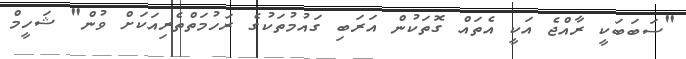
"ސަބަބަކީ ރާއްޖެ އަކީ އެތައް ގޮތަކުން އަރަބި ގައުމުތަކުގެ ރަހުމަތްތެރިއަކަށް ވުން" ޝަހީމް